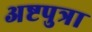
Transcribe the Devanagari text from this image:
अष्टपुत्रा